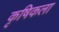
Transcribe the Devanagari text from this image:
कृषिकला